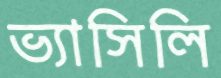
ভ্যাসিলি